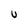
Character: u